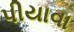
પીયાવા